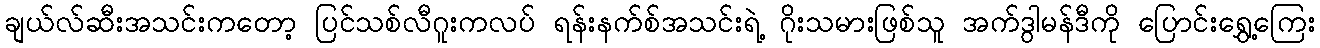
ချယ်လ်ဆီးအသင်းကတော့ ပြင်သစ်လီဂူးကလပ် ရန်းနက်စ်အသင်းရဲ့ ဂိုးသမားဖြစ်သူ အက်ဒွါမန်ဒီကို ပြောင်းရွှေ့ကြေး